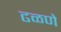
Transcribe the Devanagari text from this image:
ढळणे